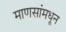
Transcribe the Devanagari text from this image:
माणसांमधून